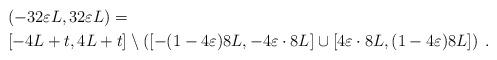
LaTeX: \begin{align*} & (-32 \varepsilon L , 32 \varepsilon L) = \\ & [-4L+t, 4L+t] \setminus \left( [ - (1 - 4\varepsilon ) 8L, - 4\varepsilon \cdot 8L ] \cup [ 4\varepsilon \cdot 8L, (1 - 4\varepsilon) 8L ] \right) \; . \end{align*}